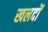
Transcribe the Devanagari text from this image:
खलदों